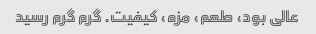
عالی بود، طعم، مزه، کیفیت. گرم گرم رسید